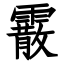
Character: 霰